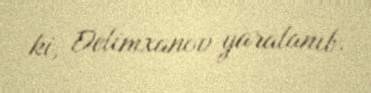
ki, Delimxanov yaralanıb.